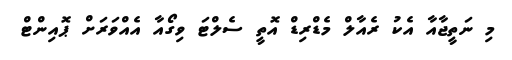
މި ނަތީޖާއާ އެކު ރެއާލް މެޑްރިޑް އޮތީ ސެލްޓަ ވިގޯއާ އެއްވަރަށް ޕޮއިންޓް